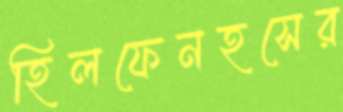
হিলফেনহসের